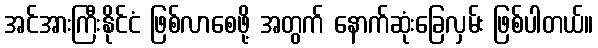
အင်အားကြီးနိုင်ငံ ဖြစ်လာစေဖို့ အတွက် နောက်ဆုံးခြေလှမ်း ဖြစ်ပါတယ်။